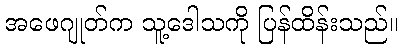
အဖေဂျုတ်က သူ့ဒေါသကို ပြန်ထိန်းသည်။